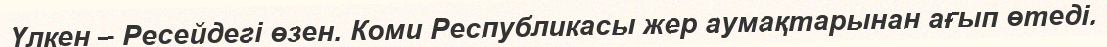
Үлкен – Ресейдегі өзен. Коми Республикасы жер аумақтарынан ағып өтеді.